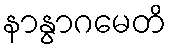
နာနွာဂမေတိ